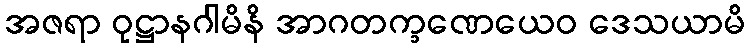
အဇရာ ဝုဋ္ဌာနဂါမိနိ အာဂတက္ခဏေယေဝ ဒေသယာမိ